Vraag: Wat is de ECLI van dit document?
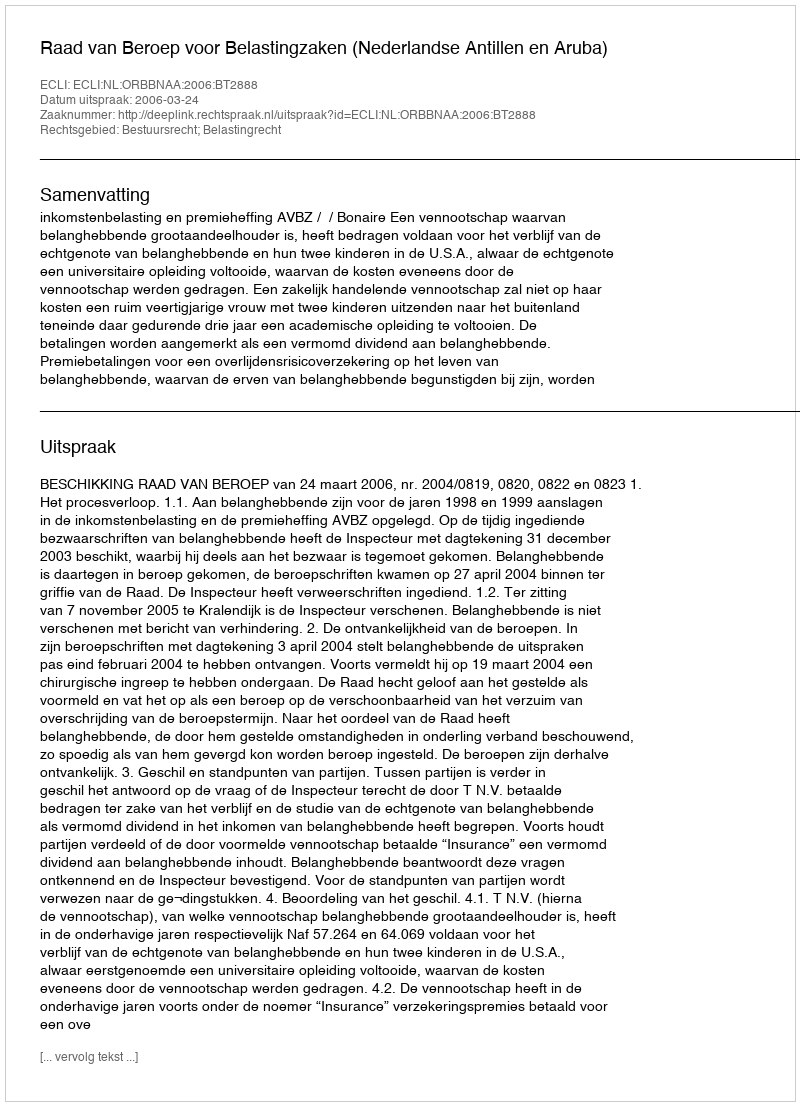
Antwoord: ECLI:NL:ORBBNAA:2006:BT2888